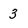
Character: 3